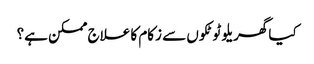
کیا گھریلو ٹوٹکوں سے زکام کا علاج ممکن ہے؟